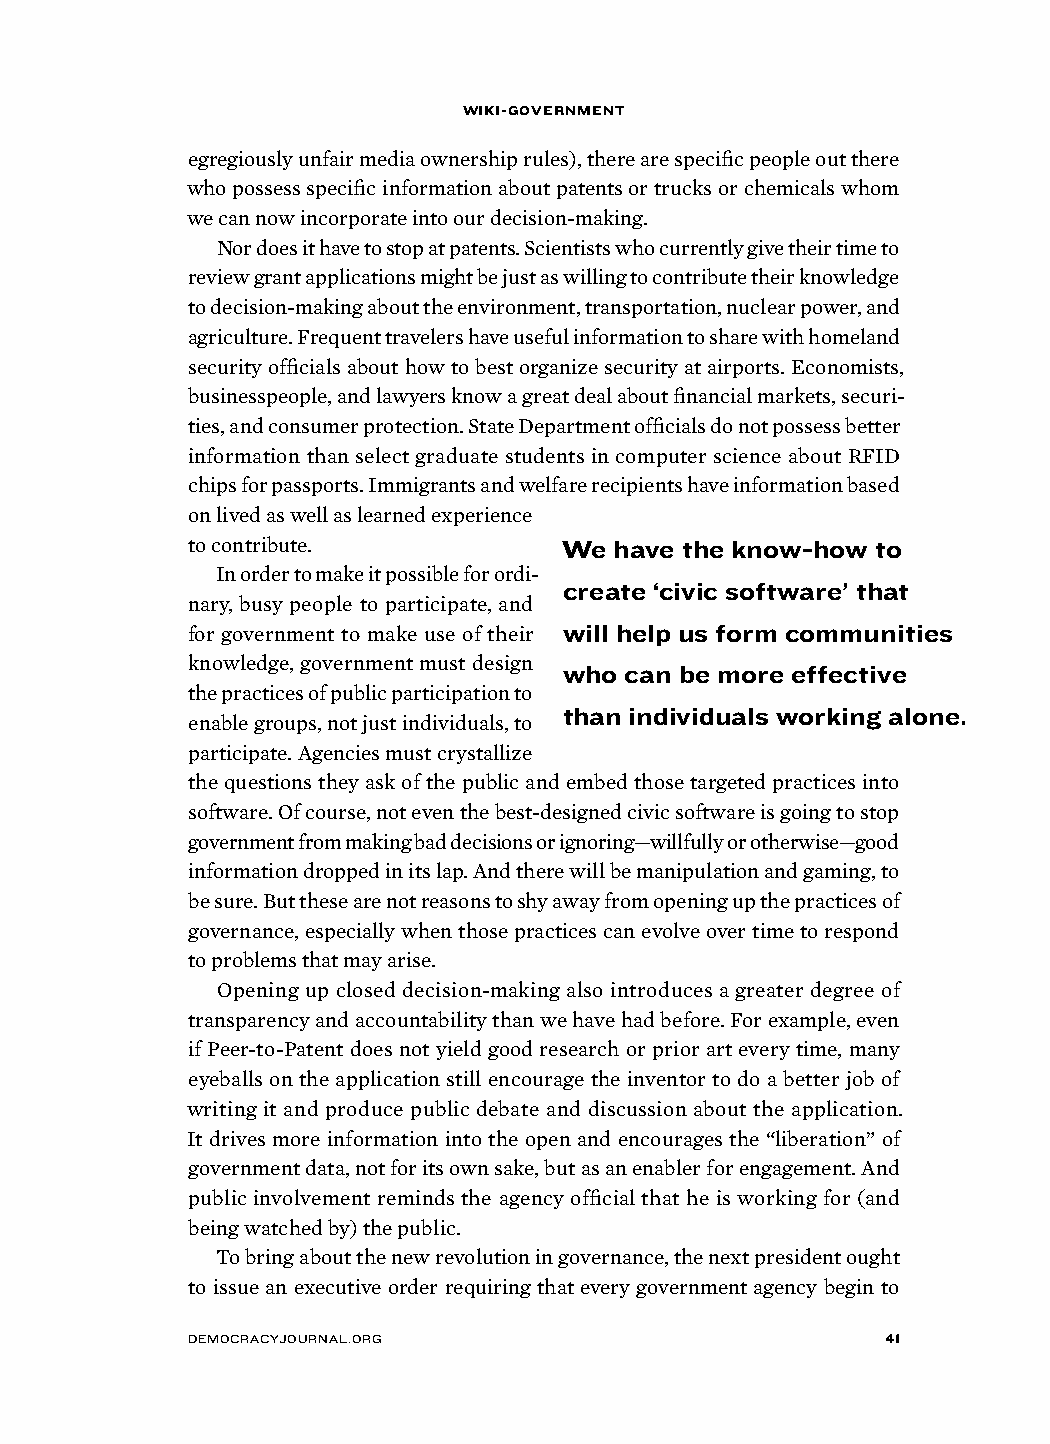
wiki-government
 egregiously unfair media ownership rules), there are specific people out there
 who possess specific information about patents or trucks or chemicals whom
 we can now incorporate into our decision-making.
 Nor does it have to stop at patents. Scientists who currently give their time to
 review grant applications might be just as willing to contribute their knowledge
 to decision-making about the environment, transportation, nuclear power, and
 agriculture. Frequent travelers have useful information to share with homeland
 security officials about how to best organize security at airports. Economists,
 businesspeople, and lawyers know a great deal about financial markets, securi-
 ties, and consumer protection. State Department officials do not possess better
 information than select graduate students in computer science about RFID
 chips for passports. Immigrants and welfare recipients have information based
 on lived as well as learned experience
 to contribute.           we  have the know-how to
 In order to make it possible for ordi-
 create ‘civic software’ that
 nary, busy people to participate, and
 for government to make use of their will help us form communities
 knowledge, government must design
 who can be more effective
 the practices of public participation to
 than individuals working alone.
 enable groups, not just individuals, to
 participate. Agencies must crystallize
 the questions they ask of the public and embed those targeted practices into
 software. Of course, not even the best-designed civic software is going to stop
 government from making bad decisions or ignoring—willfully or otherwise—good
 information dropped in its lap. And there will be manipulation and gaming, to
 be sure. But these are not reasons to shy away from opening up the practices of
 governance, especially when those practices can evolve over time to respond
 to problems that may arise.
 Opening up closed decision-making also introduces a greater degree of
 transparency and accountability than we have had before. For example, even
 if Peer-to-Patent does not yield good research or prior art every time, many
 eyeballs on the application still encourage the inventor to do a better job of
 writing it and produce public debate and discussion about the application.
 It drives more information into the open and encourages the “liberation” of
 government data, not for its own sake, but as an enabler for engagement. And
 public involvement reminds the agency official that he is working for (and
 being watched by) the public.
 To bring about the new revolution in governance, the next president ought
 to issue an executive order requiring that every government agency begin to
 democracyjournal.org                          41